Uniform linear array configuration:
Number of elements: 32
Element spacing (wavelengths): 0.25
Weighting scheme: kaiser
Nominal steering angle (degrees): -30
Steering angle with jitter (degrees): -30.437
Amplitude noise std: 0.05
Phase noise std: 0.05

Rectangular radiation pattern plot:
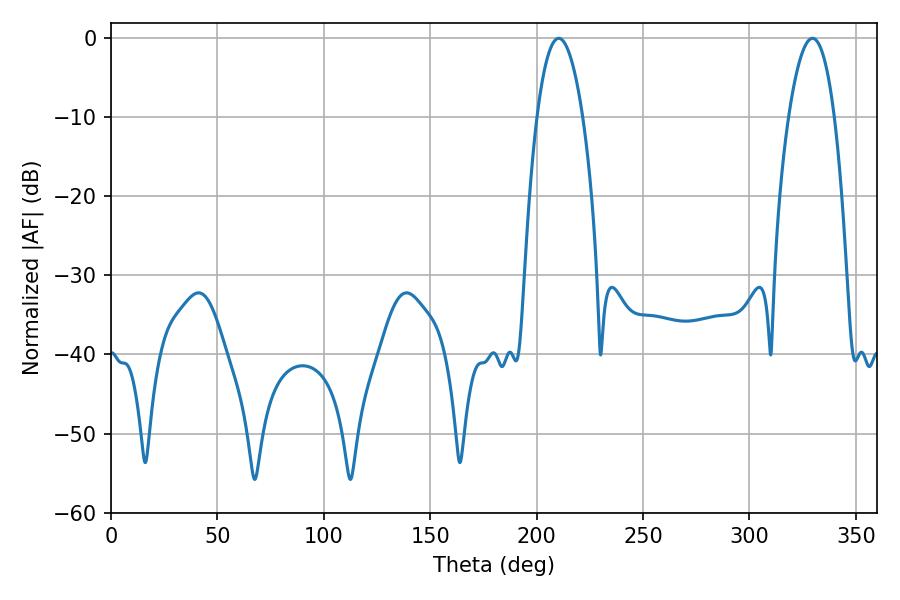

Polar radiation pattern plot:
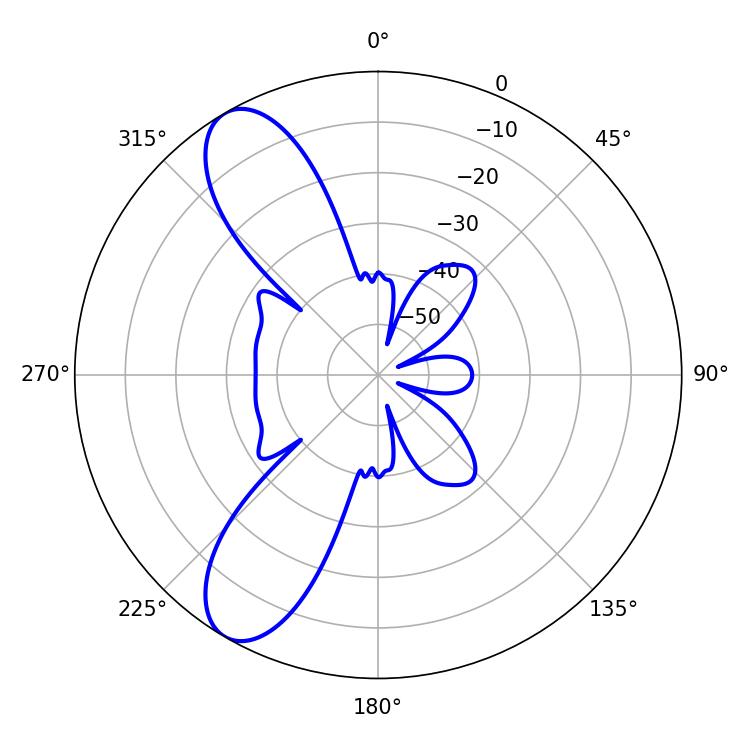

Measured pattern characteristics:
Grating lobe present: FALSE
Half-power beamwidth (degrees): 11.88
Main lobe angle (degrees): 210.42